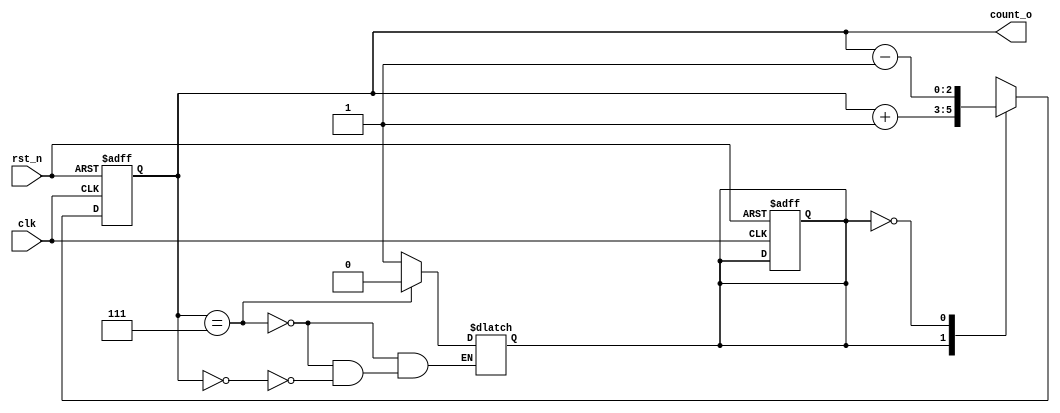
`timescale 1ns / 1ps

module counter_param
#(    
parameter N = 3
)
(
    input clk,
    input rst_n,
    output [N-1:0] count_o    
);
    localparam YUKARI_SAY = 1'b1 ;
    localparam ASAGI_SAY = 1'b0 ;
    
    reg durum ;
    reg [N-1:0]count_r;
    
    initial begin
        durum = YUKARI_SAY ;
        count_r = 0 ;
    end
    
    always@(posedge clk , negedge rst_n)begin
        if(rst_n == 1'b0)begin
            durum <= YUKARI_SAY ;
            count_r <= 0 ;
        end    
        else begin
            case(durum)
                YUKARI_SAY : begin
                    count_r <= count_r + 1 ;
                end
                ASAGI_SAY : begin
                    count_r <= count_r - 1 ;
                end
            endcase
        end
    end
    
    always@(*)begin
        if(count_r =={N{1'b1}})begin
            durum = ASAGI_SAY ;
        end
        else if(count_r == {N{1'b0}})begin
            durum = YUKARI_SAY ;
        end
    end
    
    assign count_o = count_r ;
    
endmodule